King Institute of Preventive Medicine Micro-Biological Section reports 1912-19
Year: 1912
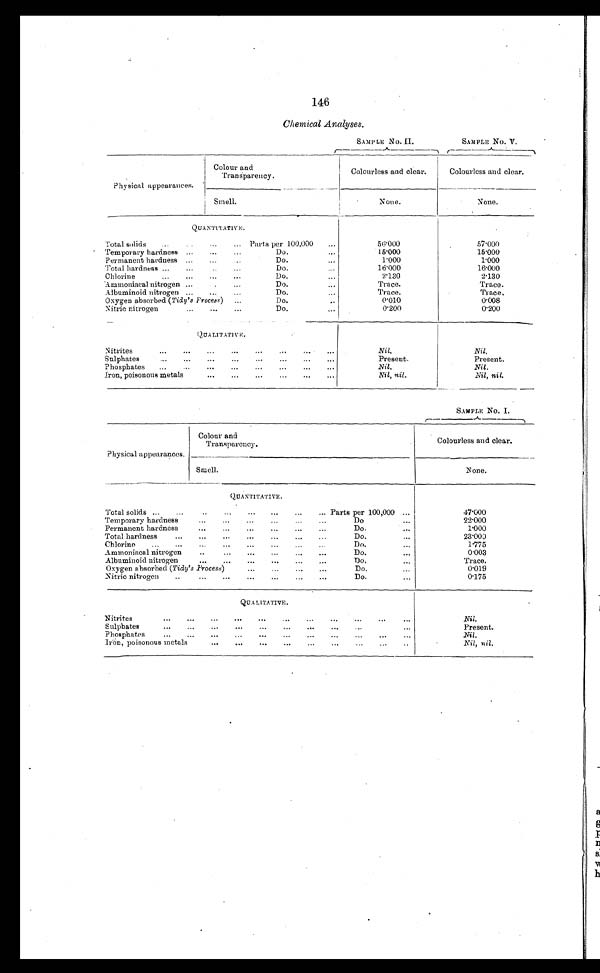
146
Chemical Analyses.
SAMP LE No. II.
SAMPLE No. V
Physical appearances.
Colour and
Transparency.
Colourless and clear.
Colourless and clear.
None.
None.
Smell.
QUANTITATIVE.
Total solids
...
. .
..
... Parts per 100,000
...
50.000
.
57.000
Temporary hardness ...
...
...
Do.
...
.15.000
15.000
Permanent hardness ...
...
...
Do.
...
1.000
1.000
Total hardness ...
...
..
...
Do.
16.000
16.000
Chlorine
...
...
...
...
Do.
...
2.130
2.130
Ammoniacal nitrogen ...
. .
...
Do.
...
Trace.
Trace.
Albuminoid nitrogen ...
...
...
Do.
Trace.
Trace.
Oxygen absorbed ( Tidy's Process ) ...
Do.
..
0.010
0.008
Nitric nitrogen
...
...
...
Do.
...
0.200
0.200
QUALITATIVE.
Ni trites
...
...
...
...
...
...
..
...
Nil.
Nil.
Sulphates
...
...
...
...
...
...
...
...
Present.
Present.
P hosphates
...
...
...
...
...
...
...
...
Nil.
Nil.
Iron, poisonous metals
...
...
...
...
...
...
Nil, nil.
Nil, nil.
SAMPLE No. I.
Physical appearances.
Colour and
Transparency.
Colourless and clear.
Smell.
None.
QUANTITATIVE.
Total solids ...
...
...
.. ...
...
... Parts per 100,000 ...
47.000
Temporary hardness
...
...
...
...
...
Do
...
22.000
Permanent hardness
...
...
...
...
.
...
Do.
...
1.000
Total hardness
... ...
...
...
... ...
..,
Do.
...
23.000
Chlorine
...
...
...
...
... ...
.
Do.
...
1.775
Ammoniacal nitrogen
...
...
. .. ... ...
Do.
0.003
Albuminoid nitrogen
...
...
Do..
Trace.
Oxygen absorbed ( Tidy's Process)
...
...
...
Do.
...
0.019
Nitric nitrogen
..
...
...
... ...
...
...
Do.
...
0.175
Q U A L I T A T I V E
.
Nitrites
...
...
...
•••
...
...
...
...
...
...
Nil.
S ulphates
...
...
...
...
...
...
...
..
...
Present.
Phosphates
...
...
...
,..
...
...
...
...
...
...
Nil.
Iron, poisonous metals . ... ... ... ... ... ... ... ..
Nil, nil .